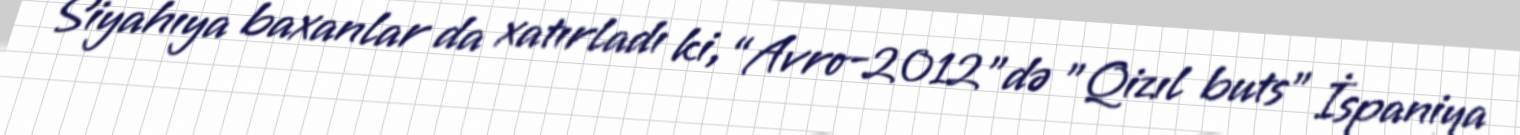
Siyahıya baxanlar da xatırladı ki, “Avro-2012"də ”Qizıl buts" İspaniya